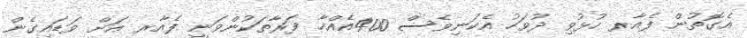
އެގޮތުން ފެއާރ ހުޅުވި ދުވަހު އެކަނިވެސް 400އެއްހާ ފަރާތަކުންވަނީ ފެއާރ އަށް ވަޑައިގެން